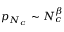
p _ { N _ { c } } \sim N _ { c } ^ { \beta }